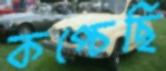
কপ্‌চেছি